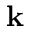
\mathbf { k }